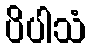
ပိပါသံ